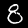
Label: 8